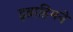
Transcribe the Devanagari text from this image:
इब्राहिमने